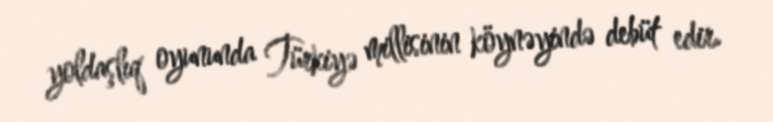
yoldaşlıq oyununda Türkiyə millisinin köynəyində debüt edir.